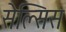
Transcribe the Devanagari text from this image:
सेल्सिस